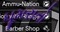
ઘૂમરાતો